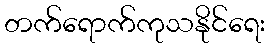
တက်ရောက်ကုသနိုင်ရေး